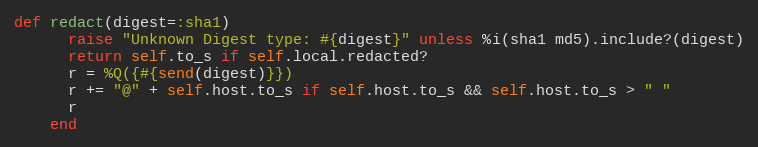
Language: Ruby
def redact(digest=:sha1)
      raise "Unknown Digest type: #{digest}" unless %i(sha1 md5).include?(digest)
      return self.to_s if self.local.redacted?
      r = %Q({#{send(digest)}})
      r += "@" + self.host.to_s if self.host.to_s && self.host.to_s > " "
      r
    end